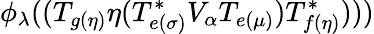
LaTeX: \phi_{\lambda}((T_{g(\eta)}\eta(T_{e(\sigma)}^{*}V_{\alpha}T_{e(\mu)})T_{f(\eta)}^{*})))